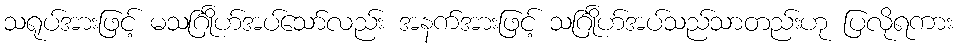
သရုပ်အားဖြင့် မသင်္ဂြိုဟ်အပ်သော်လည်း အနက်အားဖြင့် သင်္ဂြိုဟ်အပ်သည်သာတည်းဟု ပြလိုရကား